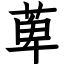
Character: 萆